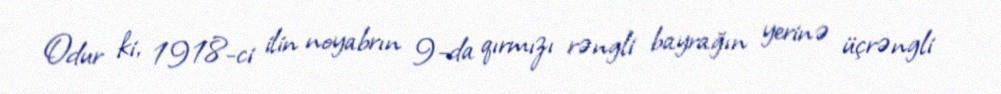
Odur ki, 1918-ci ilin noyabrın 9-da qırmızı rəngli bayrağın yerinə üçrəngli